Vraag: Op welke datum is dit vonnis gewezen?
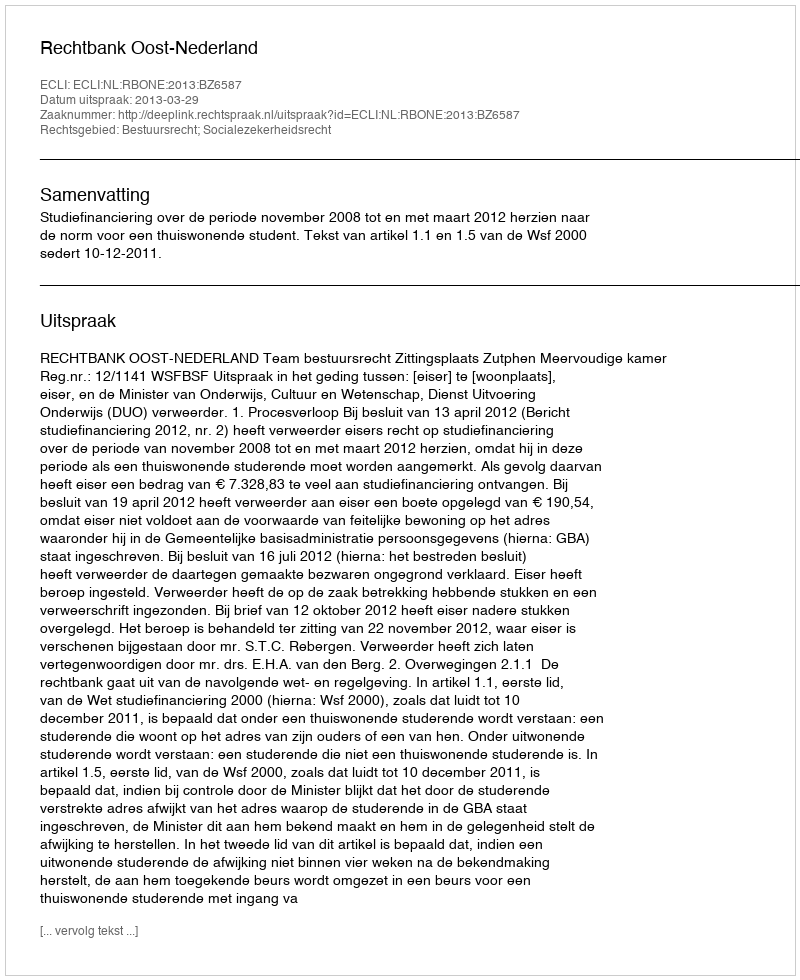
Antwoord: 2013-03-29